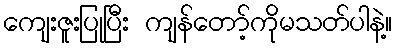
ကျေးဇူးပြုပြီး ကျန်တော့်ကိုမသတ်ပါနဲ့။